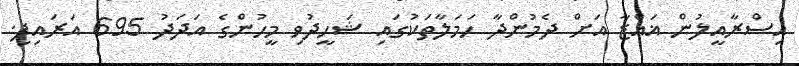
އިސްރާއީލުން ޣައްޒާ އަށް ދެމުންދާ ހަމަލާތަކުގައި ޝަހީދުވި މީހުންގެ އަދަދު 695 އަރައިފި.